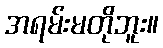
အရမ်းမတိုဘူး။